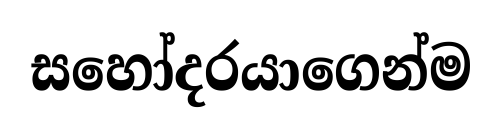
සහෝදරයාගෙන්ම